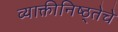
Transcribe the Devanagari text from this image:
व्याक्तीनिष्ठ्तेचे